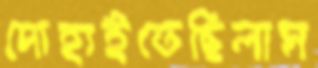
দোহাইতেছিলাম